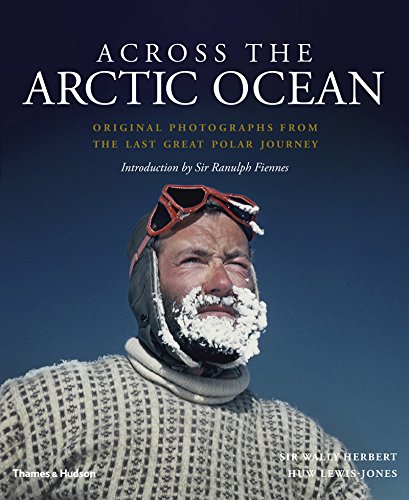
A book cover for Across the Arctic Ocean: Original Photographs from the Last Great Polar Journey; Sir Wally Herbert; History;